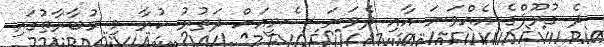
ދެ ގުރޫޕްގެ އެއްވަނަ އާއި ދެވަނަ ސެމީއަށް ދަތުރު ކުރާ މި މުބާރާތުގައި